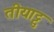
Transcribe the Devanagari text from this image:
तीयाट्टु